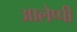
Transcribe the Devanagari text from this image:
आलेप्पी